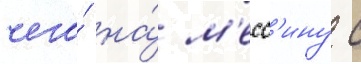
чего́ на́ м'есс'ину с